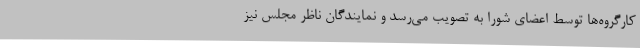
کارگروه‌ها توسط اعضای شورا به تصویب می‌رسد و نمایندگان ناظر مجلس نیز